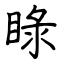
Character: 睩